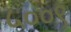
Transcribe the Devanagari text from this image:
५००९